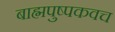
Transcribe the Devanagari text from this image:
बाह्मपुष्पकवच